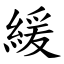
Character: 緩